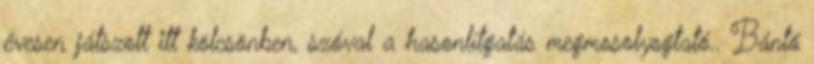
évesen játszott itt kölcsönben, szóval a hasonlítgatás megmosolyogtató.. Bántó